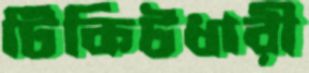
টিকিটধারী